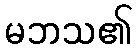
မဘသ၏